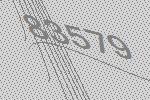
83579